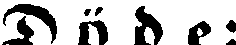
Döde: